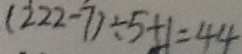
( 2 2 2 - 7 ) \div 5 + 1 = 4 4